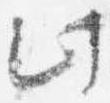
此